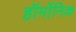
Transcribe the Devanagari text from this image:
हॉर्मोनिक